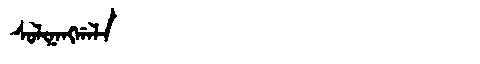
Manchu: ᠰᠣᠯᡳᠨᠠᠩᡤᠠᠯᠠ
Romanization: SOLINANGGALA